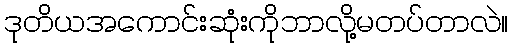
ဒုတိယအကောင်းဆုံးကိုဘာလို့မတပ်တာလဲ။